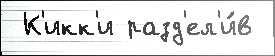
 К'икк'и разд'ел'и́в